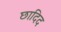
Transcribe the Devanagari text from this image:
छादिद